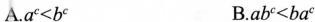
A. $$a^{c}<b^{c}$$ B. $$a b^{c}<b a^{c}$$